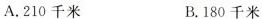
A.210千米 B.180千米